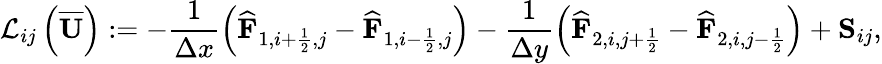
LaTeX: \mathcal{L}_{ij}\left(\overline{{\mathbf{U}}}\right):=-\frac{1}{\Delta x}\left(\widehat{\mathbf{F}}_{1,i+\frac{1}{2},j}-\widehat{\mathbf{F}}_{1,i-\frac{1}{2},j}\right)-\frac{1}{\Delta y}\left(\widehat{\mathbf{F}}_{2,i,j+\frac{1}{2}}-\widehat{\mathbf{F}}_{2,i,j-\frac{1}{2}}\right)+{\mathbf{S}}_{ij},